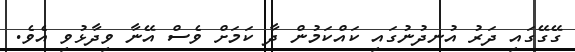
ގޭގޭގައި ދަރު އުނދުނުގައި ކައްކަމުން ދާ ކަމަށް ވެސް އޭނާ ވިދާޅުވި އެވެ.